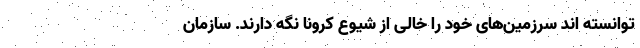
توانسته اند سرزمین‌های خود را خالی از شیوع کرونا نگه دارند. سازمان